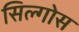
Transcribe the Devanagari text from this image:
सिल्गोस